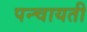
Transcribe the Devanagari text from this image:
पन्चायती